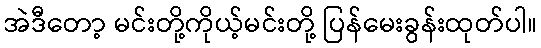
အဲဒီတော့ မင်းတို့ကိုယ့်မင်းတို့ ပြန်မေးခွန်းထုတ်ပါ။